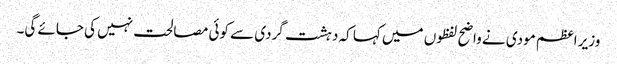
وزیر اعظم مودی نے واضح لفظوں میں کہا کہ دہشت گردی سے کوئی مصالحت نہیں کی جائے گی۔